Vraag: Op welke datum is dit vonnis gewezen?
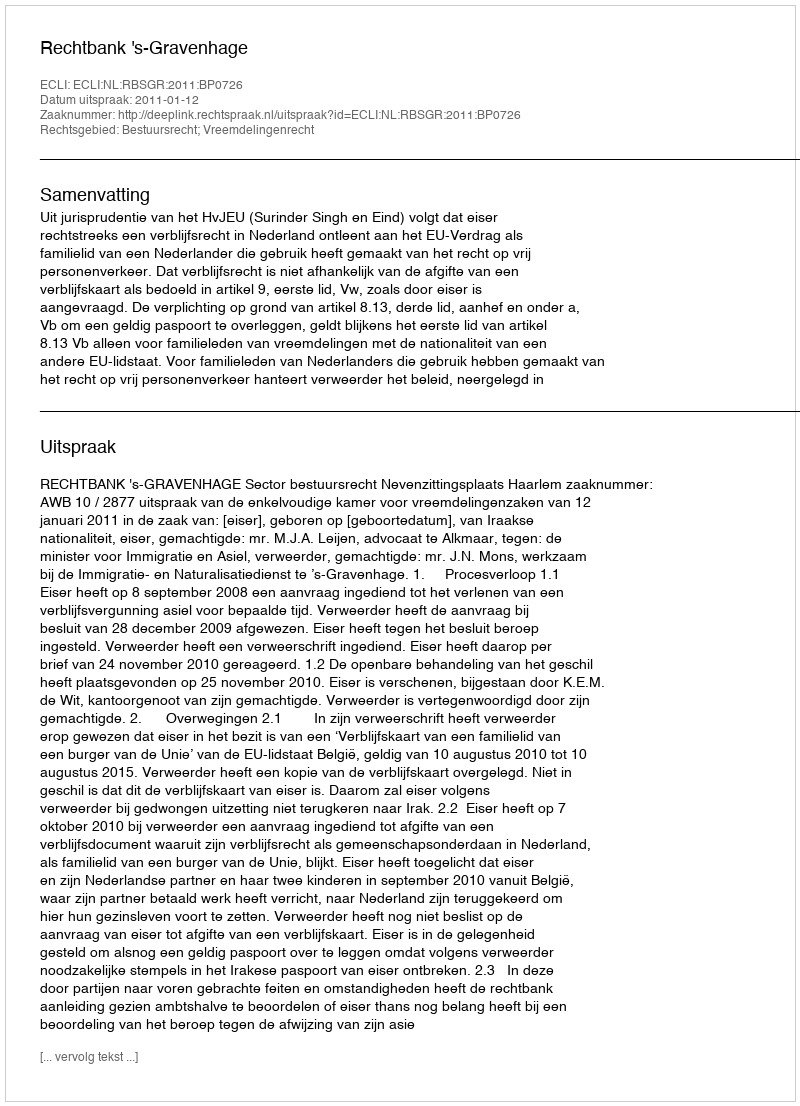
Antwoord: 2011-01-12